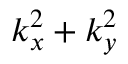
k _ { x } ^ { 2 } + k _ { y } ^ { 2 }